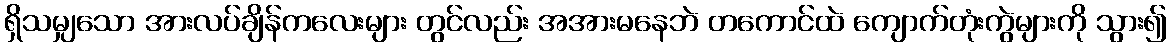
ရှိသမျှသော အားလပ်ချိန်ကလေးများ တွင်လည်း အအားမနေဘဲ တကောင်ထဲ ကျောက်တုံးကွဲများကို သွား၍